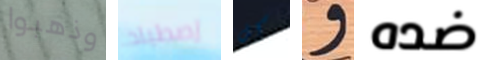
وذهبوا إصطياد كل و ضده